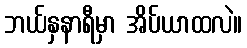
ဘယ်နှနာရီမှာ အိပ်ယာထလဲ။